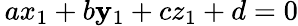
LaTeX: \, ax_{1}+b\mathbf{y}_{1}+cz_{1}+d=0